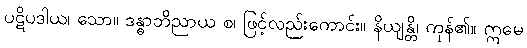
ပဋိပဒါယ၊ သော။ ဒန္ဓာဘိညာယ စ၊ ဖြင့်လည်းကောင်း။ နိယျန္တိ၊ ကုန်၏။ ဣမေ